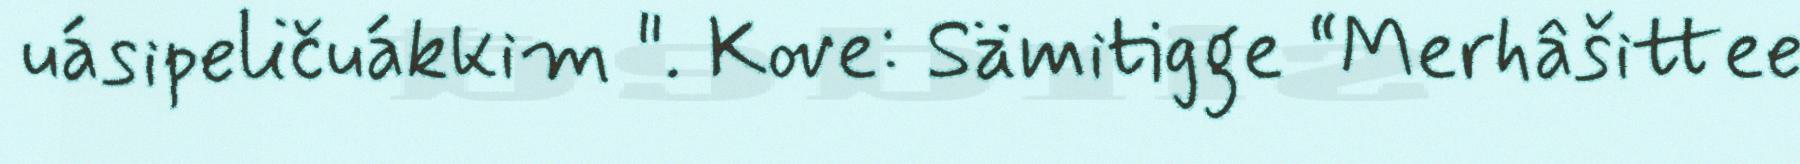
uásipeličuákkim ". Kove: Sämitigge “Merhâšittee